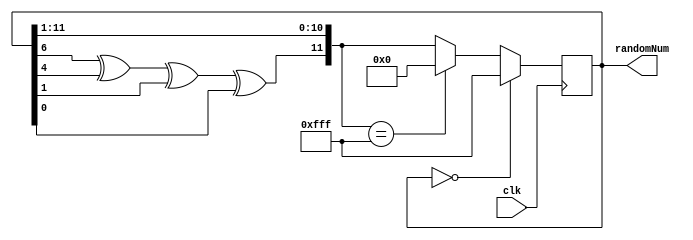
module random12(clk,randomNum);
    input clk;
    output reg [11:0] randomNum;
    reg lin;
	 parameter seed = 12'd0;
	 initial begin
			randomNum=seed;
	 end
    always @ (posedge clk) begin
			if(randomNum==12'd0)
              randomNum=12'hfff;
         else begin
              lin = randomNum[6]^randomNum[4]^randomNum[1]^randomNum[0];
              randomNum = {lin,randomNum[11:1]};
				  
              if(randomNum==12'hfff)
                  randomNum = 12'd0;
              else
                  randomNum = randomNum;
         end        
    end

endmodule